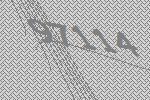
97114